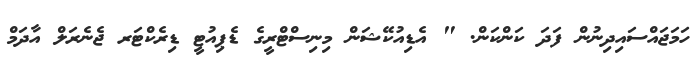
ހަމަޖައްސައިދިނުން ފަދަ ކަންކަން. " އެޑިއުކޭޝަން މިނިސްޓްރީގެ ޑެޕިއުޓީ ޑިރެކްޓަރ ޖެނެރަލް އާދަމް